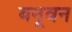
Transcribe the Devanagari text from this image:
बनूवन